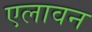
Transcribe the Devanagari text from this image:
एलावन